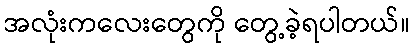
အလုံးကလေးတွေကို တွေ့ခဲ့ရပါတယ်။